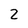
Character: 2